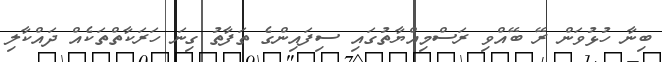
ބިނާ ހުޅުވަން ރޭ ބޭއްވި ރަސްމިއްޔާތުގައި ސިފައިންގެ ތަފާތު ގިނަ ހަރަކާތްތަކެއް ދައްކާލި